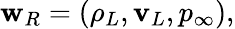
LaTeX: \begin{array}{r}{{\mathbf w}_{R}=(\rho_{L},{\mathbf v}_{L},p_{\infty}),}\end{array}